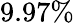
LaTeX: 9.97\%